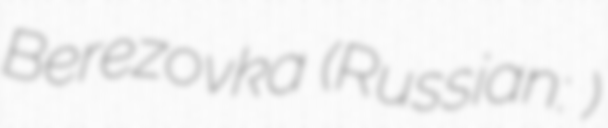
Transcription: Berezovka (Russian: Берёзовка)